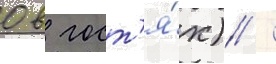
0 в гост'я́х) /